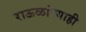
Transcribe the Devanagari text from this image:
राऊळांच्याही